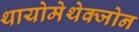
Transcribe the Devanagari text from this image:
थायोमेथेक्‍जोन